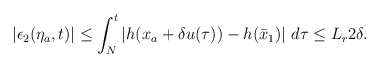
\begin{align*}\begin{aligned}|\epsilon_2(\eta_a,t)| \le \int_N^t \left|h(x_a+\delta u(\tau))-h(\bar{x}_1)\right| \,d\tau \le L_r 2\delta.\end{aligned}\end{align*}